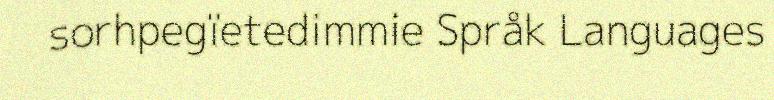
sorhpegïetedimmie Språk Languages